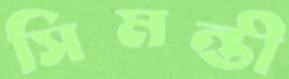
সিমন্তী